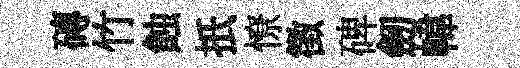
磚竹蝕扺憭徵碑劒幃